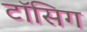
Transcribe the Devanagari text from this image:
टॉसिग